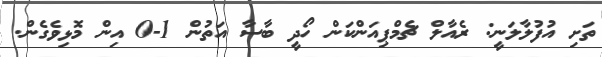
ތަށި އުފުލާލަނީ: ރެއާލް ޗެމްޕިއަންކަން ހޯދީ ބާސާ އަތުން 1-0 އިން މޮޅިވެގެން.